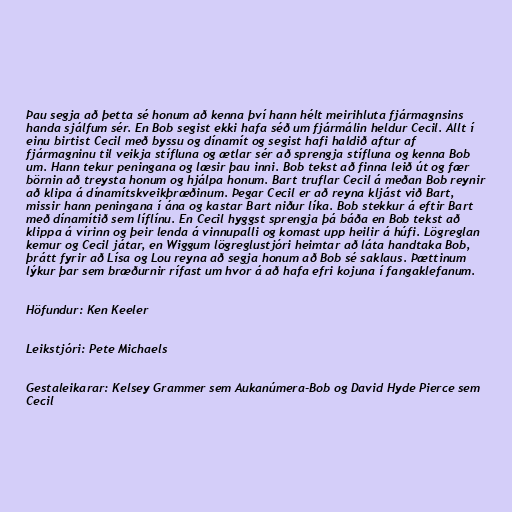
Þau segja að þetta sé honum að kenna því hann hélt meirihluta fjármagnsins
handa sjálfum sér. En Bob segist ekki hafa séð um fjármálin heldur Cecil. Allt í
einu birtist Cecil með byssu og dínamít og segist hafi haldið aftur af
fjármagninu til veikja stífluna og ætlar sér að sprengja stífluna og kenna Bob
um. Hann tekur peningana og læsir þau inni. Bob tekst að finna leið út og fær
börnin að treysta honum og hjálpa honum. Bart truflar Cecil á meðan Bob reynir
að klipa á dínamítskveikþræðinum. Þegar Cecil er að reyna kljást við Bart,
missir hann peningana í ána og kastar Bart niður líka. Bob stekkur á eftir Bart
með dínamítið sem líflínu. En Cecil hyggst sprengja þá báða en Bob tekst að
klippa á vírinn og þeir lenda á vinnupalli og komast upp heilir á húfi. Lögreglan
kemur og Cecil játar, en Wiggum lögreglustjóri heimtar að láta handtaka Bob,
þrátt fyrir að Lísa og Lou reyna að segja honum að Bob sé saklaus. Þættinum
lýkur þar sem bræðurnir rífast um hvor á að hafa efri kojuna í fangaklefanum.

Höfundur: Ken Keeler

Leikstjóri: Pete Michaels

Gestaleikarar: Kelsey Grammer sem Aukanúmera-Bob og David Hyde Pierce sem
Cecil